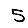
Digit: 5